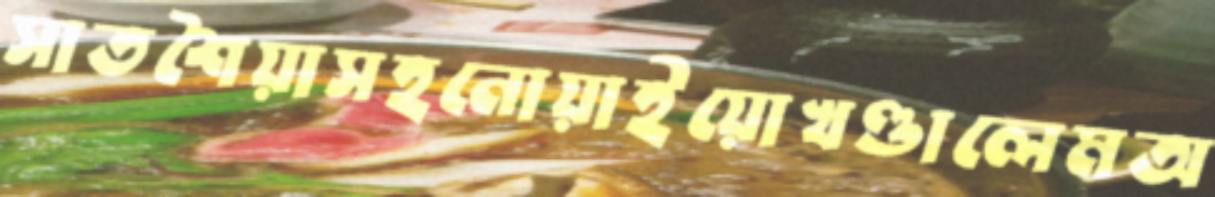
সাতশৈয়াসহনোয়াইয়োখণ্ডালেমঅ